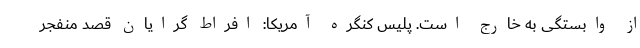
از وابستگی به خارج است. پلیس کنگره آمریکا: افراط گرایان قصد منفجر